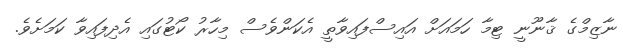
ނާޒިމްގެ ޤާނޫނީ ޓިމާ ހަމައަށް އައިސްފައިވާތީ އެކަންވެސް މިހާރު ކޯޓުގައި އެދިފައިވާ ކަމަށެވެ.